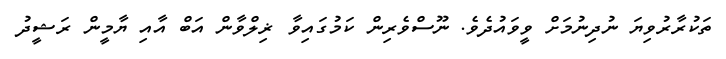
ތަކުރާރުވިޔަ ނުދިނުމަށް ވީވައުދެވެ. ނޫސްވެރިން ކަމުގައިވާ ޜިލްވާން އަބް އާއި ޔާމީން ރަޝީދު